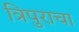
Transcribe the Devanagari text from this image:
त्रिपुराचा